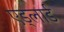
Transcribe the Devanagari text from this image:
एड्लार्ड